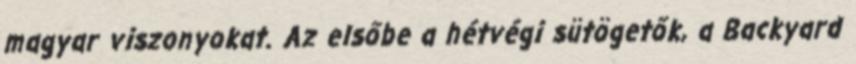
magyar viszonyokat. Az elsőbe a hétvégi sütögetők, a Backyard